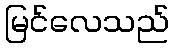
မြင်လေသည်